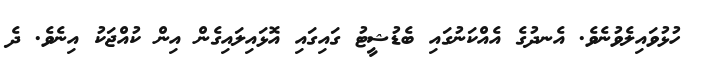
ހުޅުވައިލެވުނެވެ. އެނދުގެ އެއްކަނުގައި ބެޑުޝީޓު ގައިގައި އޮޅައިލައިގެން އިން ކުއްޖަކު އިނެވެ. ދެ